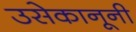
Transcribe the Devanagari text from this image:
उसेकानूनी